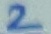
Text: 2